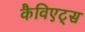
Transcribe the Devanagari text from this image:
कैविएट्स